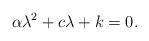
LaTeX: \begin{align*}\alpha\lambda^2+c\lambda+k=0.\end{align*}